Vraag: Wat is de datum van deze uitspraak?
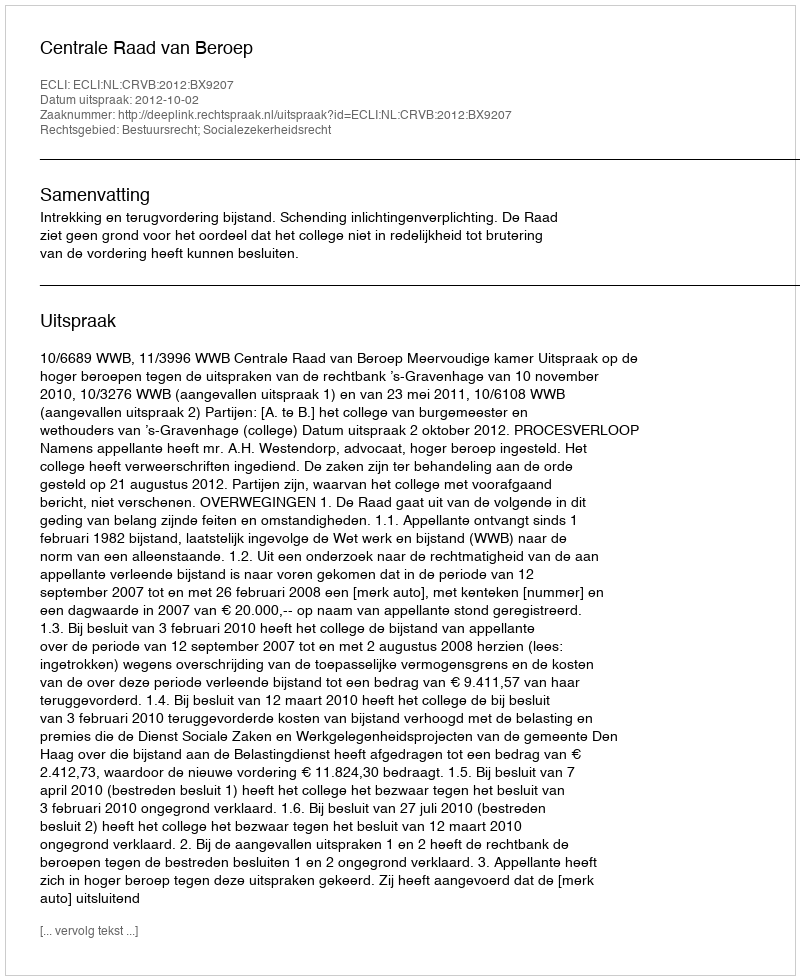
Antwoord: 2012-10-02